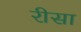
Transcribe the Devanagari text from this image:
रीसा